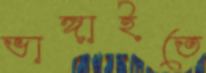
ভাঙ্গাইতে